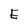
Character: E